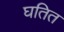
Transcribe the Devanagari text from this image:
घतित